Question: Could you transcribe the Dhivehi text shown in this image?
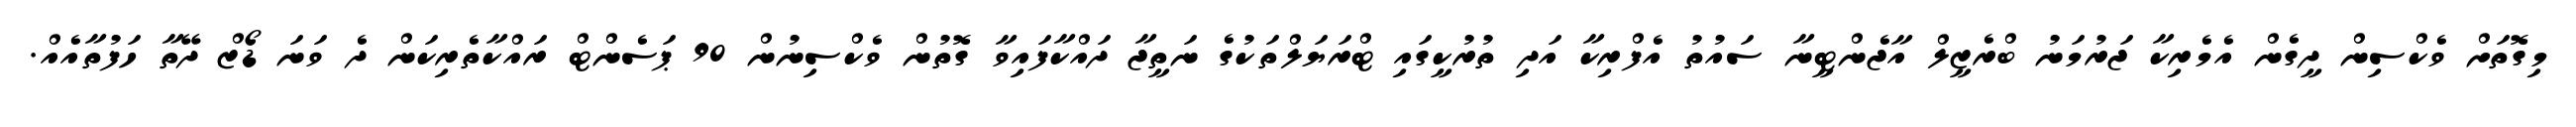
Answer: މިގޮތަށް ވެކްސިން ދީގެން އެމެރިކާ ޖަރުމަނު ބްރެޒީލް އާޖެންޓީނާ ސައުތު އެފްރިކާ އަދި ތުރުކީގައި ޓްރަޔަލްތަކުގެ ނަތީޖާ ދައްކާފައިވާ ގޮތުން ވެކްސިނުން 90 ޕަސެންޓް ރައްކާތެރިކަން ދެ ވަނަ ޑޯޒް ދޭތާ ހަފުތާއެއް.